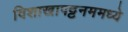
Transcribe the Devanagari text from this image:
विशाखापट्टनममध्ये